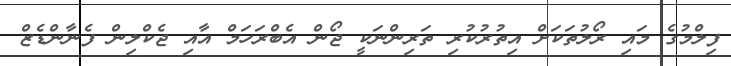
ފިލްމުގެ މައި ރޯލުތަކަށް އިތުރުކުރި ތަރިންނަކީ ޖޯން އެބްރަހަމް އާއި ޖެކްލިން ފެނާންޑެޒް